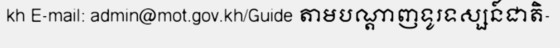
kh E-mail: admin@mot.gov.kh/Guide តាមបណ្តាញទូរទស្សន៍ជាតិ-